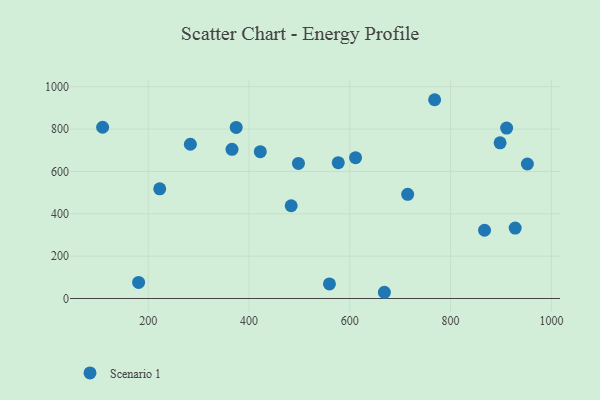
{"axis": {"x": "Distance", "y": "Exam Score"}, "legend": ["Scenario 1"], "data": [{"x": "109.6", "y": 808.7, "type": "Scenario 1"}, {"x": "911.1", "y": 804.8, "type": "Scenario 1"}, {"x": "611.4", "y": 665.0, "type": "Scenario 1"}, {"x": "181.0", "y": 75.9, "type": "Scenario 1"}, {"x": "483.7", "y": 438.0, "type": "Scenario 1"}, {"x": "898.2", "y": 735.0, "type": "Scenario 1"}, {"x": "222.9", "y": 517.7, "type": "Scenario 1"}, {"x": "867.3", "y": 322.3, "type": "Scenario 1"}, {"x": "577.1", "y": 641.2, "type": "Scenario 1"}, {"x": "374.6", "y": 808.1, "type": "Scenario 1"}, {"x": "559.6", "y": 69.0, "type": "Scenario 1"}, {"x": "714.8", "y": 491.8, "type": "Scenario 1"}, {"x": "768.3", "y": 938.7, "type": "Scenario 1"}, {"x": "422.4", "y": 693.6, "type": "Scenario 1"}, {"x": "283.7", "y": 728.5, "type": "Scenario 1"}, {"x": "668.6", "y": 29.4, "type": "Scenario 1"}, {"x": "498.1", "y": 637.8, "type": "Scenario 1"}, {"x": "952.3", "y": 635.2, "type": "Scenario 1"}, {"x": "928.1", "y": 332.7, "type": "Scenario 1"}, {"x": "366.3", "y": 704.5, "type": "Scenario 1"}]}